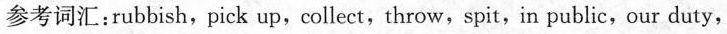
参考词汇:rubbish,pick up,collect,throw,spit,in public,our duty,